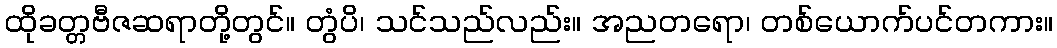
ထိုခတ္တဗီဇဆရာတို့တွင်။ တွံပိ၊ သင်သည်လည်း။ အညတရော၊ တစ်ယောက်ပင်တကား။